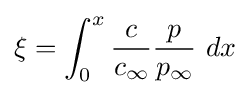
\xi =\int _{0}^{x}{\frac {c}{c_{\infty }}}{\frac {p}{p_{\infty }}}\ dx